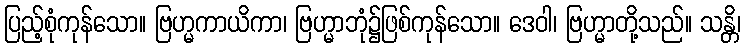
ပြည့်စုံကုန်သော။ ဗြဟ္မကာယိကာ၊ ဗြဟ္မာဘုံ၌ဖြစ်ကုန်သော။ ဒေဝါ၊ ဗြဟ္မာတို့သည်။ သန္တိ၊